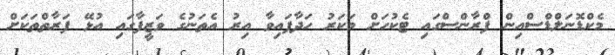
މެކްޑޮނަލްޑްސްއިން ފްރާންސްގައި ޓެކުހަށް މަކަރު ހަދާފައިވާ އިރު އެތަނުގެ ވަޒީފާގައި އުޅޭ ފަރާތްތަކަށް